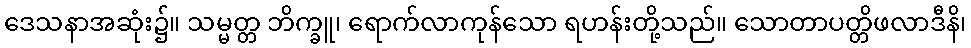
ဒေသနာအဆုံး၌။ သမ္မတ္တ ဘိက္ခူ၊ ရောက်လာကုန်သော ရဟန်းတို့သည်။ သောတာပတ္တိဖလာဒီနိ၊